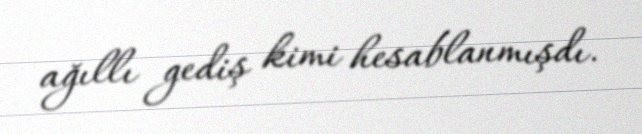
ağıllı gediş kimi hesablanmışdı.